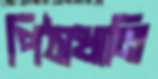
পিঠাখানি